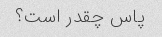
پاس چقدر است؟